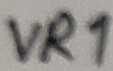
Text: VR1